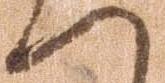
へ